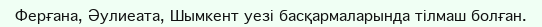
Ферғана, Әулиеата, Шымкент уезі басқармаларында тілмаш болған.